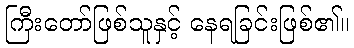
ကြီးတော်ဖြစ်သူနှင့် နေရခြင်းဖြစ်၏။